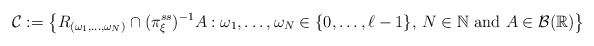
\begin{align*}\mathcal{C} := \left\{ R _{(\omega _1 , \ldots , \omega _N)} \cap ( \pi ^{ss} _\xi ) ^{-1} A : \omega _1 , \ldots , \omega _N \in \{ 0 , \ldots , \ell -1 \} , \, N \in \mathbb{N} \mbox{ and } A \in \mathcal{B} ( \mathbb{R} ) \right\}\end{align*}